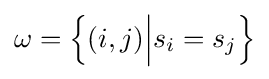
\omega ={\Big \{}(i,j){\Big |}s_{i}=s_{j}{\Big \}}